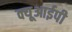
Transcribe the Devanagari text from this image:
क्यूआईपी